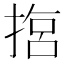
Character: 𢰈